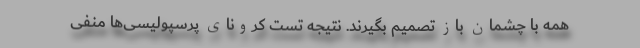
همه با چشمان باز تصمیم بگیرند. نتیجه تست کرونای پرسپولیسی‌ها منفی